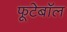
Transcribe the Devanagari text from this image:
फूटेबॉल